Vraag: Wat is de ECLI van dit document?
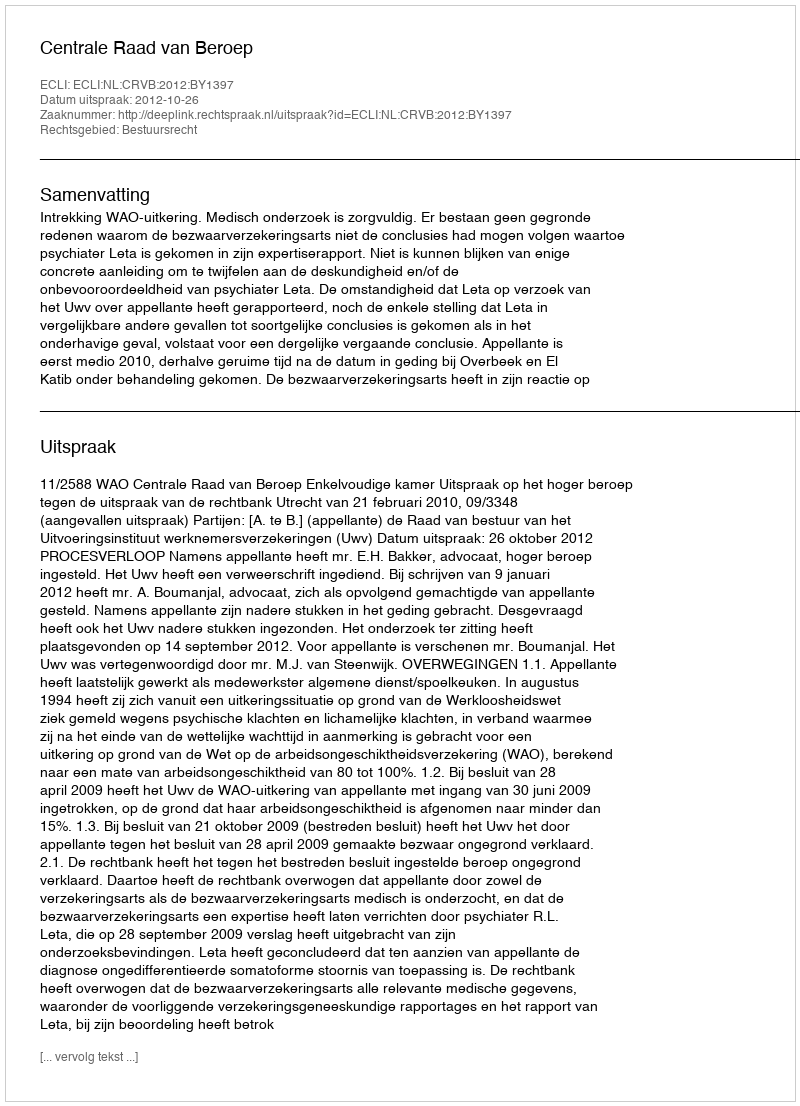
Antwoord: ECLI:NL:CRVB:2012:BY1397